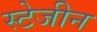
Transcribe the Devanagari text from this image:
स्टेजीन